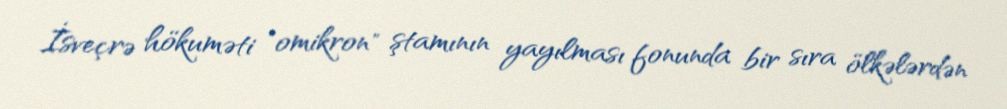
İsveçrə hökuməti "omikron" ştamının yayılması fonunda bir sıra ölkələrdən